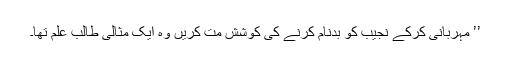
’’ مہربانی کرکے نجیب کو بدنام کرنے کی کوشش مت کریں وہ ایک مثالی طالب علم تھا۔